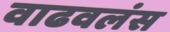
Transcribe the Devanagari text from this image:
वाढवलंस